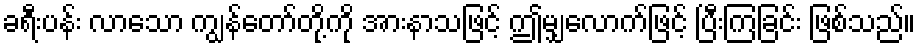
ခရီးပန်း လာသော ကျွန်တော်တို့ကို အားနာသဖြင့် ဤမျှလောက်ဖြင့် ပြီးကြခြင်း ဖြစ်သည်။